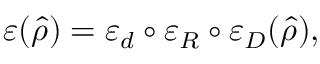
\varepsilon ( \hat { \rho } ) = \varepsilon _ { d } \circ \varepsilon _ { R } \circ \varepsilon _ { D } ( \hat { \rho } ) ,